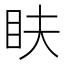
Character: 𥄑